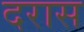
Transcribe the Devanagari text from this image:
दरास